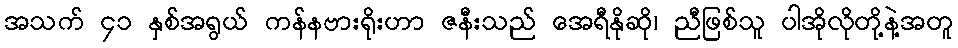
အသက် ၄၁ နှစ်အရွယ် ကန်နဗားရိုးဟာ ဇနီးသည် အေရီနိုဆို၊ ညီဖြစ်သူ ပါအိုလိုတို့နဲ့အတူ